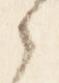
之